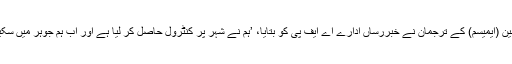
صومالیہ میں افریقی یونین (ایمیسم) کے ترجمان نے خبررساں ادارے اے ایف پی کو بتایا، ’ہم نے شہر پر کنٹرول حاصل کر لیا ہے اور اب ہم جوہر میں سکیورٹی قائم کر رہے ہیں۔